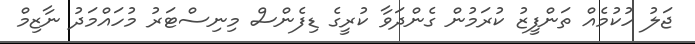
ޖަލު ހުކުމެއް ތަންފީޒު ކުރަމުން ގެންދަވާ ކުރީގެ ޑިފެންސް މިނިސްޓަރު މުހައްމަދު ނާޒިމް